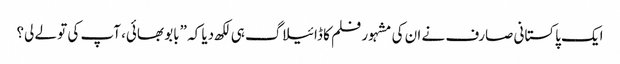
ایک پاکستانی صارف نے ان کی مشہور فلم کا ڈائیلاگ ہی لکھ دیا کہ ”بابو بھائی، آپ کی تو لے لی؟